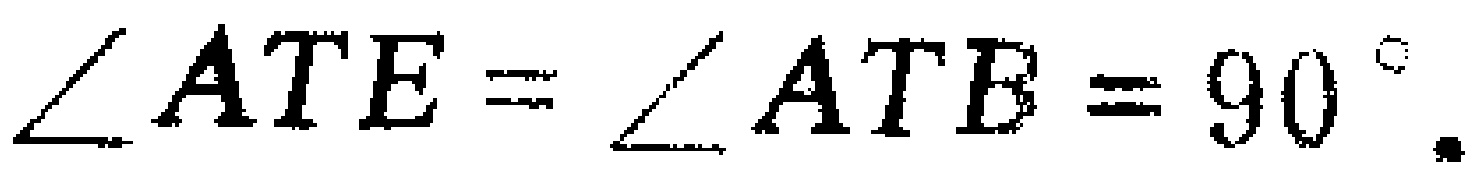
$\angle ATE=\angle ATB = 90^{\circ}.$